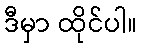
ဒီမှာ ထိုင်ပါ။